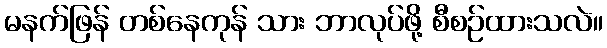
မနက်ဖြန် တစ်နေကုန် သား ဘာလုပ်ဖို့ စီစဉ်ထားသလဲ။